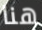
هنا